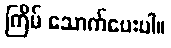
ကြိမ် သောက်ပေးပါ။